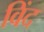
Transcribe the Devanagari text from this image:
विंद